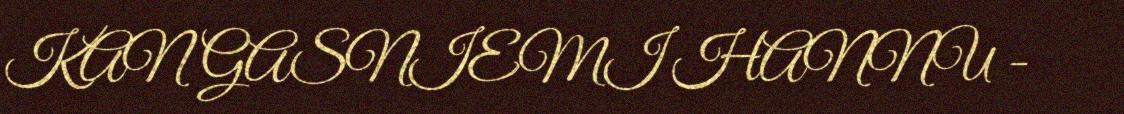
KANGASNIEMI HANNU -